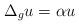
LaTeX: \begin{align*}\Delta_g u = \alpha u\end{align*}